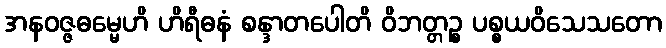
အနဝဇ္ဇဓမ္မေဟိ ဟိရီဓနံ စန္ဒာတပေါတိ ဝိဘတ္တဉ္စ ပစ္စယဝိသေသတော